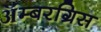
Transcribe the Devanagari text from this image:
ॲम्बरग्रिस